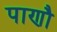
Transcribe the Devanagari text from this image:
पाणौ